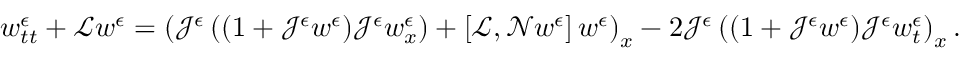
w _ { t t } ^ { \epsilon } + \mathscr { L } w ^ { \epsilon } = \left( \mathcal { J } ^ { \epsilon } \left( ( 1 + \mathcal { J } ^ { \epsilon } w ^ { \epsilon } ) \mathcal { J } ^ { \epsilon } w _ { x } ^ { \epsilon } \right) + \left[ \mathscr { L } , \mathscr { N } w ^ { \epsilon } \right] w ^ { \epsilon } \right) _ { x } - 2 \mathcal { J } ^ { \epsilon } \left( ( 1 + \mathcal { J } ^ { \epsilon } w ^ { \epsilon } ) \mathcal { J } ^ { \epsilon } w _ { t } ^ { \epsilon } \right) _ { x } .